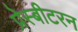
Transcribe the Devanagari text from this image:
प्रेस्बीटरन